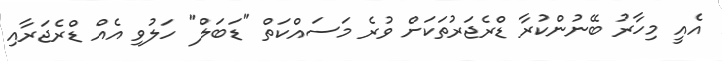
އެއީ މިހާރު ބޭނުންކުރާ ޑްރެޖަރުތަކަށް ވުރެ މަސައްކަތް "ޑަބަލް" ހަލުވި އެއް ޑްރެޖަރާއި